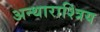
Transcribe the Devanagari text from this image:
अन्थाराश्त्रिय